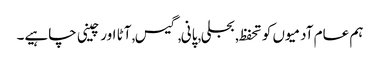
ہم عام آدمیوں کو تحفظ, بجلی, پانی, گیس, آٹا اور چینی چاہیے۔